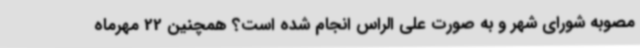
مصوبه شورای شهر و به صورت علی الراس انجام شده است؟ همچنین 22 مهرماه